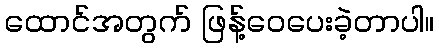
ထောင်အတွက် ဖြန့်ဝေပေးခဲ့တာပါ။